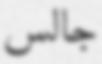
جالس